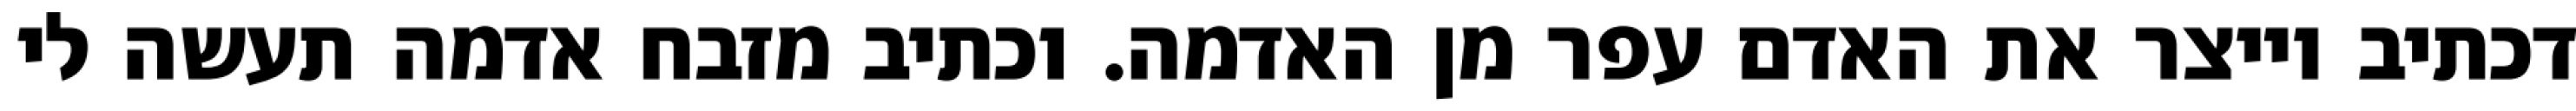
דכתיב וייצר את האדם עפר מן האדמה. וכתיב מזבח אדמה תעשה לי